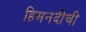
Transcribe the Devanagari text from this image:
हिमनदीची